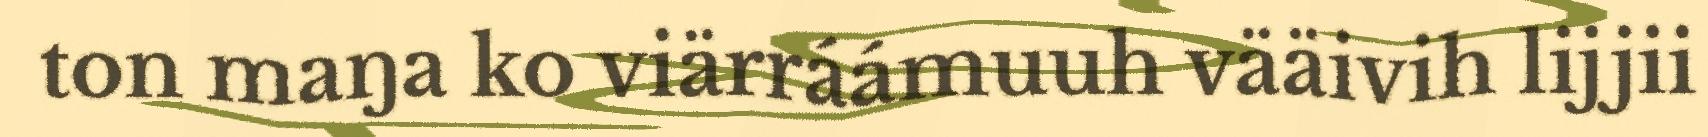
ton maŋa ko viärráámuuh vääivih lijjii